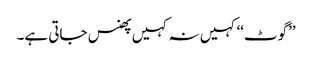
’’گوٹ‘‘ کہیں نہ کہیں پھنس جاتی ہے۔